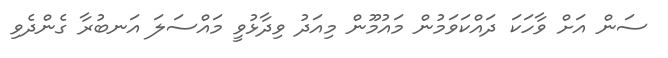
ސަން އަށް ވާހަކަ ދައްކަވަމުން މައުމޫން މިއަދު ވިދާޅުވީ މައްސަލަ އަނބުރާ ގެންދެވި